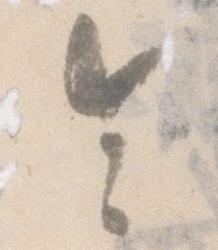
令